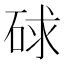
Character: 𥒸